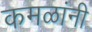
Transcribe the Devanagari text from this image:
कमळांनी